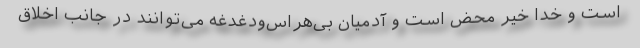
است و خدا خیر محض است و آدمیان بی‌هراس‌ودغدغه می‌توانند در جانب اخلاق